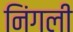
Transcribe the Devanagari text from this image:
निंगली